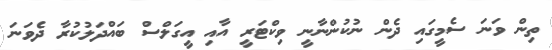
ތިން ވަނަ ސެމީގައި ދެން ނުކުންނާނީ ވިކްޓަރީ އާއި އީގަލްސް ބައްދަލުކުރާ ދެވަނަ